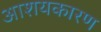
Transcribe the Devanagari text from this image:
आशयकारण